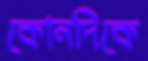
কোনদিকে